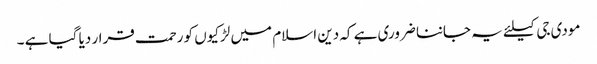
مودی جی کیلئے یہ جاننا ضروری ہے کہ دین اسلام میں لڑکیوں کو رحمت قرار دیا گیا ہے ۔